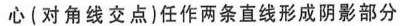
心(对角线交点)任作两条直线形成阴影部分